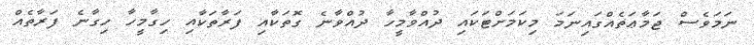
ނަމަވެސް ޖަމާޢަތެއްގައިނަމަ މިކަމަށްޓަކައި ދުއްވާމީހާ ދުއްވާނެ ގޮތަކާއި ފަރާތަކާއި ހިގާމީހާ ހިގާނެ ފަރާތެއް